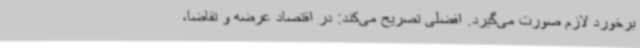
برخورد لازم صورت می‌گیرد. افضلی تصریح می‌کند: در اقتصاد عرضه و تقاضا،